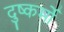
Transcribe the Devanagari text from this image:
दुष्कर्मो